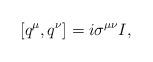
LaTeX: \begin{align*}[q^\mu,q^\nu]=i\sigma^{\mu\nu}I,\end{align*}